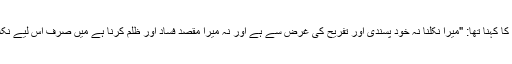
لوگوں نے آپ کے سفر کا مقصد پوچھا تو آپ کا کہنا تھا: "میرا نکلنا نہ خود پسندی اور تفریح کی غرض سے ہے اور نہ میرا مقصد فساد اور ظلم کرنا ہے میں صرف اس لیے نکلا ہوں کہ اپنے نانا کی امت کی اصلاح کروں۔